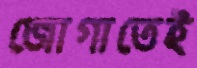
জোগাতেই